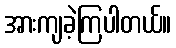
အားကျခဲ့ကြပါတယ်။